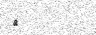
٤